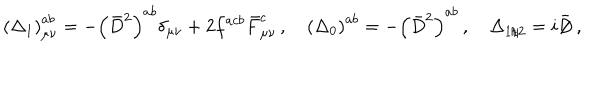
LaTeX: \left( \Delta _ { 1 } \right) _ { \mu \nu } ^ { a b } = - \left( \bar { D } ^ { 2 } \right) ^ { a b } \delta _ { \mu \nu } + 2 f ^ { a c b } \bar { F } _ { \mu \nu } ^ { c } \, , \quad \left( \Delta _ { 0 } \right) ^ { a b } = - \left( \bar { D } ^ { 2 } \right) ^ { a b } \, , \quad \Delta _ { 1 / 2 } = i \bar { \, / \hspace { - 0 . 2 9 c m } D } \, ,